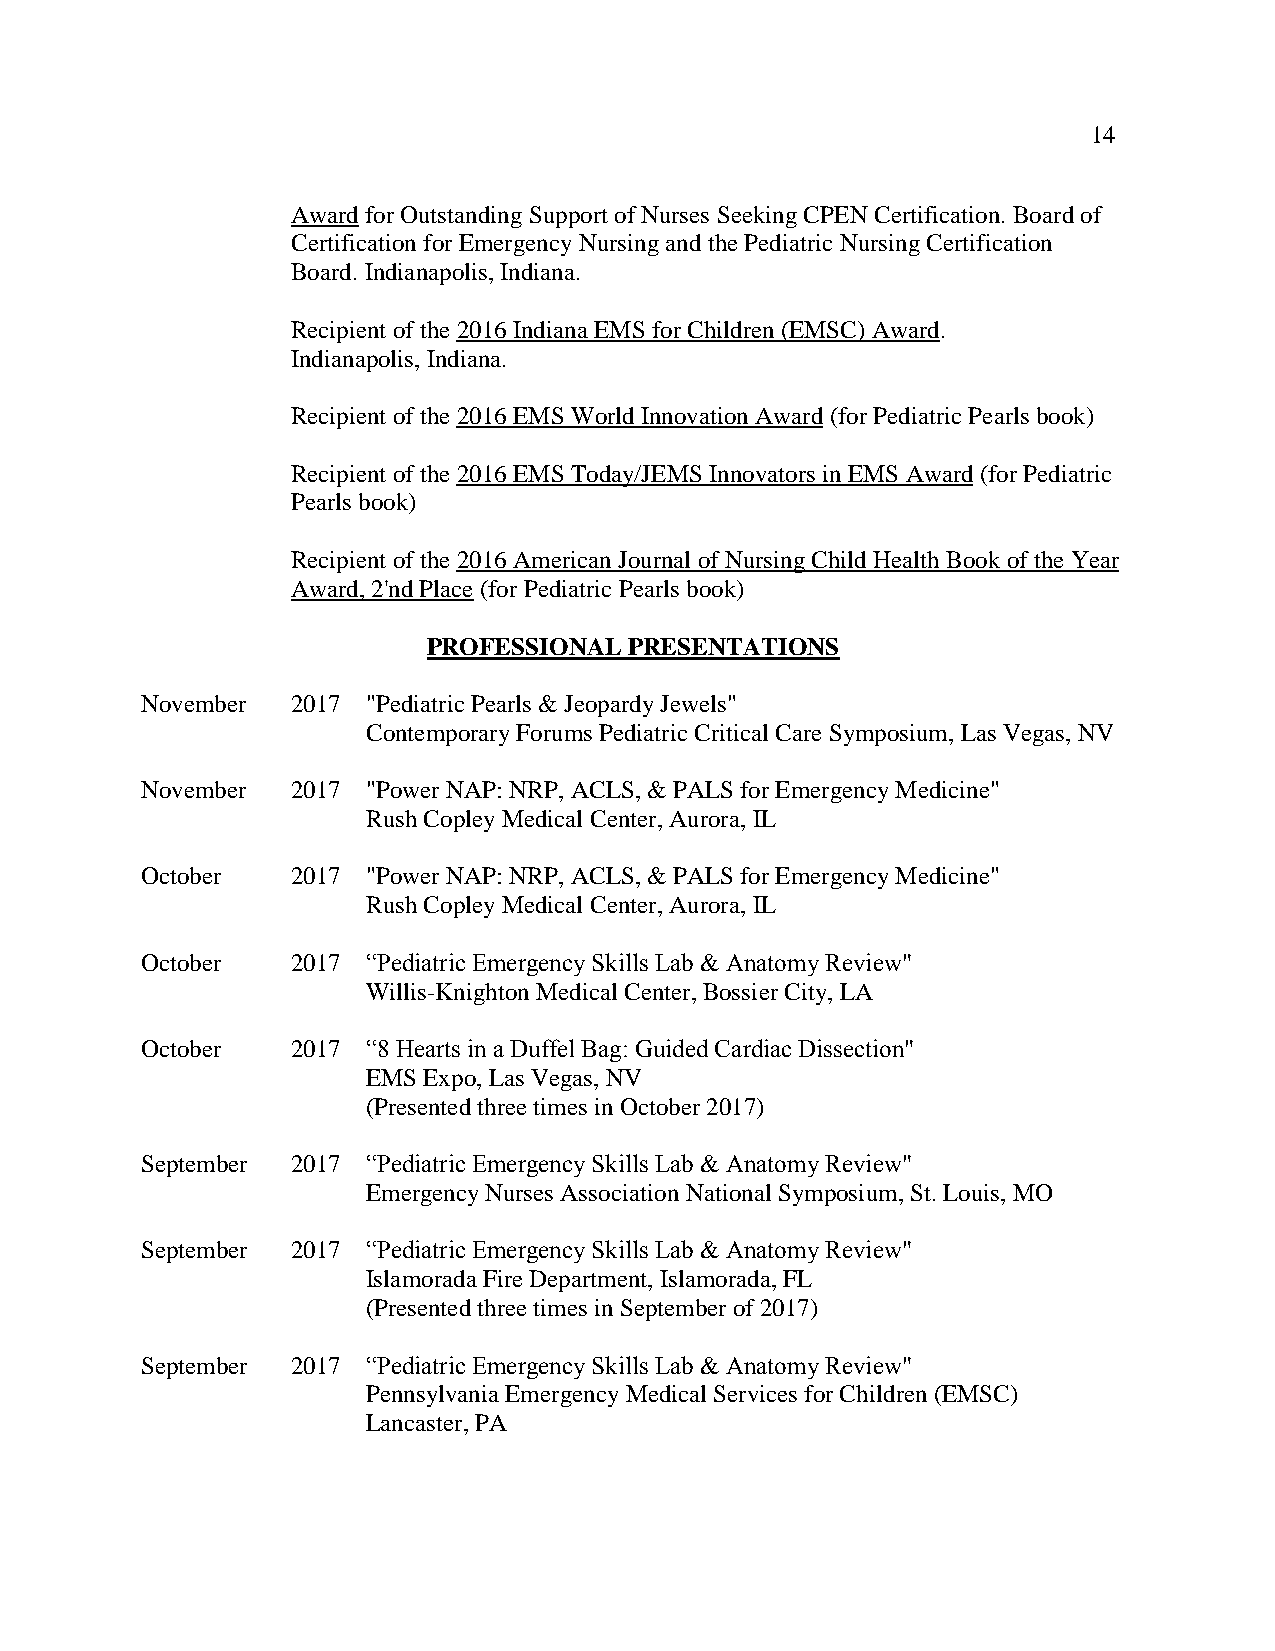
14
 Award for Outstanding Support of Nurses Seeking CPEN Certification. Board of
 Certification for Emergency Nursing and the Pediatric Nursing Certification
 Board. Indianapolis, Indiana.
 Recipient of the 2016 Indiana EMS for Children (EMSC) Award.
 Indianapolis, Indiana.
 Recipient of the 2016 EMS World Innovation Award (for Pediatric Pearls book)
 Recipient of the 2016 EMS Today/JEMS Innovators in EMS Award (for Pediatric
 Pearls book)
 Recipient of the 2016 American Journal of Nursing Child Health Book of the Year
 Award, 2'nd Place (for Pediatric Pearls book)
 PROFESSIONAL  PRESENTATIONS
 November  2017 "Pediatric Pearls & Jeopardy Jewels"
 Contemporary Forums Pediatric Critical Care Symposium, Las Vegas, NV
 November  2017 "Power NAP: NRP, ACLS, & PALS for Emergency Medicine"
 Rush Copley Medical Center, Aurora, IL
 October   2017 "Power NAP: NRP, ACLS, & PALS for Emergency Medicine"
 Rush Copley Medical Center, Aurora, IL
 October   2017 “Pediatric Emergency Skills Lab & Anatomy Review"
 Willis-Knighton Medical Center, Bossier City, LA
 October   2017 “8 Hearts in a Duffel Bag: Guided Cardiac Dissection"
 EMS Expo, Las Vegas, NV
 (Presented three times in October 2017)
 September 2017 “Pediatric Emergency Skills Lab & Anatomy Review"
 Emergency Nurses Association National Symposium, St. Louis, MO
 September 2017 “Pediatric Emergency Skills Lab & Anatomy Review"
 Islamorada Fire Department, Islamorada, FL
 (Presented three times in September of 2017)
 September 2017 “Pediatric Emergency Skills Lab & Anatomy Review"
 Pennsylvania Emergency Medical Services for Children (EMSC)
 Lancaster, PA